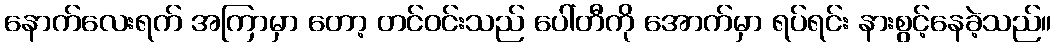
နောက်လေးရက် အကြာမှာ တော့ တင်ဝင်းသည် ပေါ်တီကို အောက်မှာ ရပ်ရင်း နားစွင့်နေခဲ့သည်။